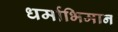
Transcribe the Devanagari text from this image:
धर्माभिमान